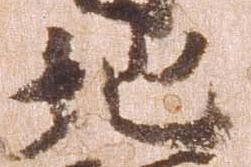
地